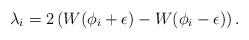
LaTeX: \begin{align*}\lambda_i=2 \left(W (\phi_i+\epsilon)-W (\phi_i-\epsilon)\right) .\end{align*}